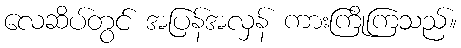
လေဆိပ်တွင် အပြန်အလှန် ကားကြိုကြသည်။